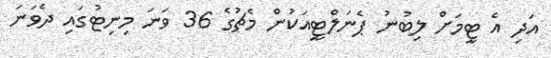
އަދި އެ ޓީމަށް ލިބުނު ޕެނަލްޓީއަކުން މެޗުގެ 36 ވަަނަ މިނިޓުގައި ދެވަަނަ